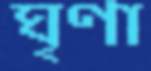
ঘৃণা